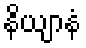
နိယျာနံ